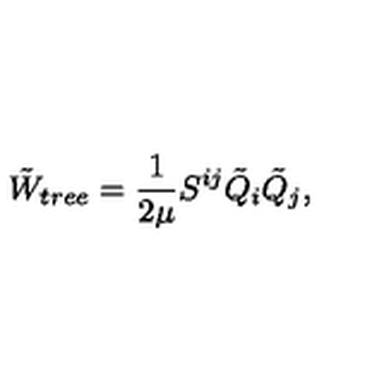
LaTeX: \tilde { W } _ { t r e e } = \frac { 1 } { 2 \mu } S ^ { i j } \tilde { Q } _ { i } \tilde { Q } _ { j } ,